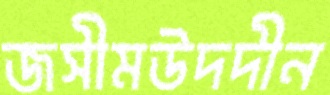
জসীমউদদীন